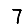
Digit: 7